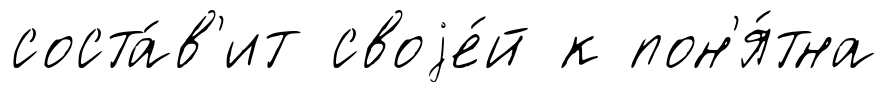
соста́в'ит своjе́й к пон'я́тна